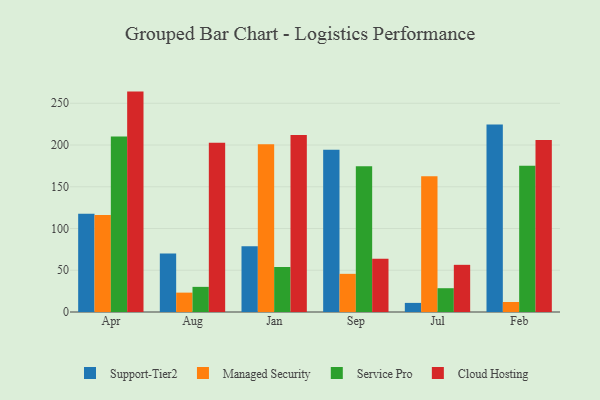
{"axis": {"x": "Month", "y": "Humidity (%)"}, "legend": ["Cloud Hosting", "Managed Security", "Service Pro", "Support-Tier2"], "data": [{"x": "Apr", "y": 117.6, "type": "Support-Tier2"}, {"x": "Apr", "y": 116.1, "type": "Managed Security"}, {"x": "Apr", "y": 210.1, "type": "Service Pro"}, {"x": "Apr", "y": 264.0, "type": "Cloud Hosting"}, {"x": "Aug", "y": 70.0, "type": "Support-Tier2"}, {"x": "Aug", "y": 23.2, "type": "Managed Security"}, {"x": "Aug", "y": 30.1, "type": "Service Pro"}, {"x": "Aug", "y": 202.6, "type": "Cloud Hosting"}, {"x": "Jan", "y": 78.7, "type": "Support-Tier2"}, {"x": "Jan", "y": 201.0, "type": "Managed Security"}, {"x": "Jan", "y": 53.9, "type": "Service Pro"}, {"x": "Jan", "y": 212.1, "type": "Cloud Hosting"}, {"x": "Sep", "y": 194.2, "type": "Support-Tier2"}, {"x": "Sep", "y": 45.7, "type": "Managed Security"}, {"x": "Sep", "y": 174.6, "type": "Service Pro"}, {"x": "Sep", "y": 63.7, "type": "Cloud Hosting"}, {"x": "Jul", "y": 10.9, "type": "Support-Tier2"}, {"x": "Jul", "y": 162.7, "type": "Managed Security"}, {"x": "Jul", "y": 28.5, "type": "Service Pro"}, {"x": "Jul", "y": 56.5, "type": "Cloud Hosting"}, {"x": "Feb", "y": 224.7, "type": "Support-Tier2"}, {"x": "Feb", "y": 12.0, "type": "Managed Security"}, {"x": "Feb", "y": 175.1, "type": "Service Pro"}, {"x": "Feb", "y": 206.0, "type": "Cloud Hosting"}]}